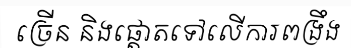
ច្រើន និងផ្តោតទៅលើការពង្រឹង